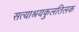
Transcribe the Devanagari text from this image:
सत्याश्रयकुलतिलक